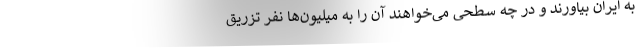
به ایران بیاورند و در چه سطحی می‌خواهند آن را به میلیون‌ها نفر تزریق